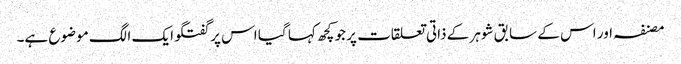
مصنفہ اور اس کے سابق شوہر کے ذاتی تعلقات پر جو کچھ کہا گیا اس پر گفتگو ایک الگ موضوع ہے۔